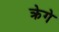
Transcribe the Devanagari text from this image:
क्रेगे